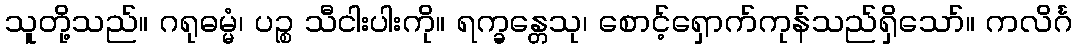
သူတို့သည်။ ဂရုဓမ္မံ၊ ပဉ္စ သီငါးပါးကို။ ရက္ခန္တေသု၊ စောင့်ရှောက်ကုန်သည်ရှိသော်။ ကလိင်္ဂ